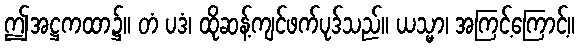
ဤအဋ္ဌကထာ၌။ တံ ပဒံ၊ ထိုဆန့်ကျင်ဖက်ပုဒ်သည်။ ယသ္မာ၊ အကြင့်ကြောင့်။